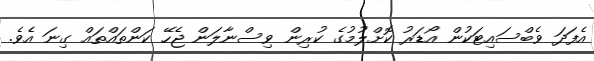
އެފަދަ ވެބްސައިޓަކުން އޯޑަރު ކޮށްލުމުގެ ކުރިން ވިސްނާލަން ޖެހޭ ކަންތައްތައް ގިނަ އެވެ.